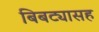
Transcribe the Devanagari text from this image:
बिबट्यासह